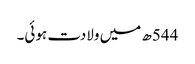
544ھ میں ولادت ہوئی۔